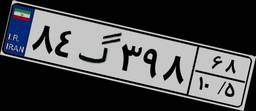
۰۵گ۶۴۷۳۴